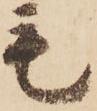
毛